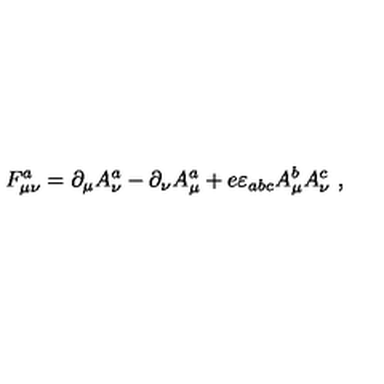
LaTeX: F _ { \mu \nu } ^ { a } = \partial _ { \mu } A _ { \nu } ^ { a } - \partial _ { \nu } A _ { \mu } ^ { a } + e \varepsilon _ { a b c } A _ { \mu } ^ { b } A _ { \nu } ^ { c } \ ,